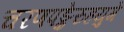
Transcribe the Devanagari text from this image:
चरणपङ्केरुहयुगे